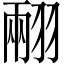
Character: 𦑅